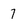
Character: 7